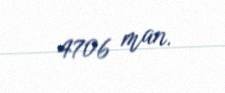
4706 man.